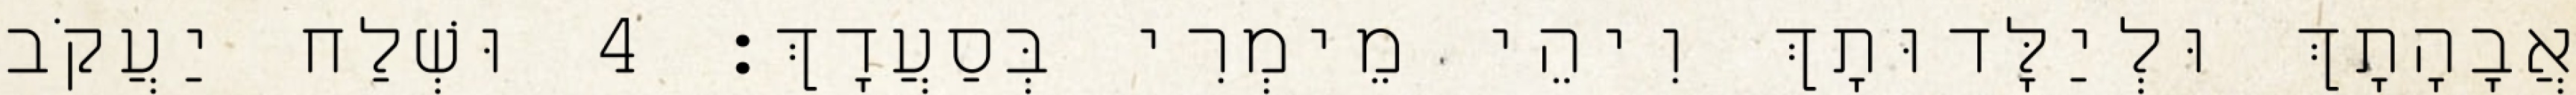
אֲבָהָתָךְ וּלְיַלָּדוּתָךְ וִיהֵי מֵימְרִי בְּסַעֲדָךְ׃ 4 וּשְׁלַח יַעֲקֹב